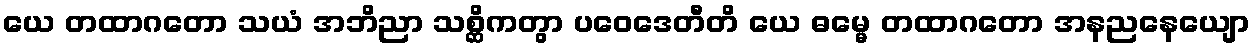
ယေ တထာဂတော သယံ အဘိညာ သစ္ဆိကတွာ ပဝေဒေတီတိ ယေ ဓမ္မေ တထာဂတော အနညနေယျော